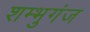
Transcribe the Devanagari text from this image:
शम्भुगंज